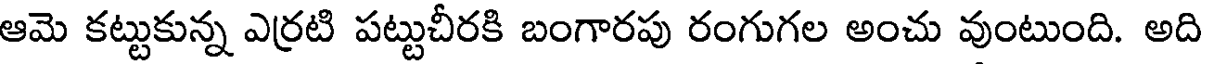
ఆమె కట్టుకున్న ఎర్రటి పట్టుచీరకి బంగారపు రంగుగల అంచు వుంటుంది. అది